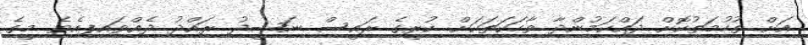
އަށް ތުހުމަތުކޮށް ދައްކަމުންދާ ވާހަކަތަކަށް ކުރީގެ ރައީސް ނަޝީދު ރައްދު ދެއްވައިފިއެވެ. މީގެ